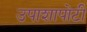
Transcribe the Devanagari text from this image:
उपाशापोटी